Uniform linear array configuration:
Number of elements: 12
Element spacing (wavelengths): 0.25
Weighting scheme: hann
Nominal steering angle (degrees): -30
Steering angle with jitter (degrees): -31.874
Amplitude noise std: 0.05
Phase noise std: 0.05

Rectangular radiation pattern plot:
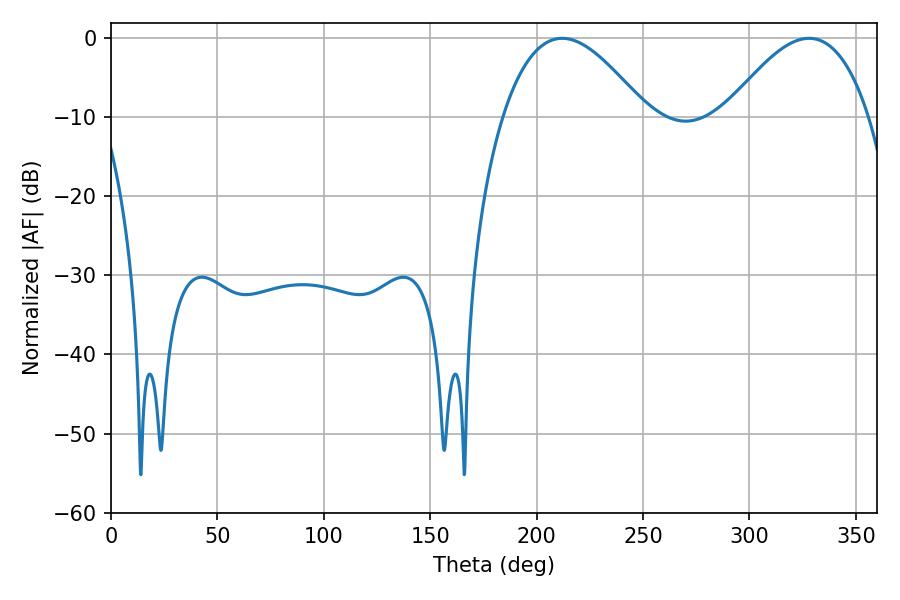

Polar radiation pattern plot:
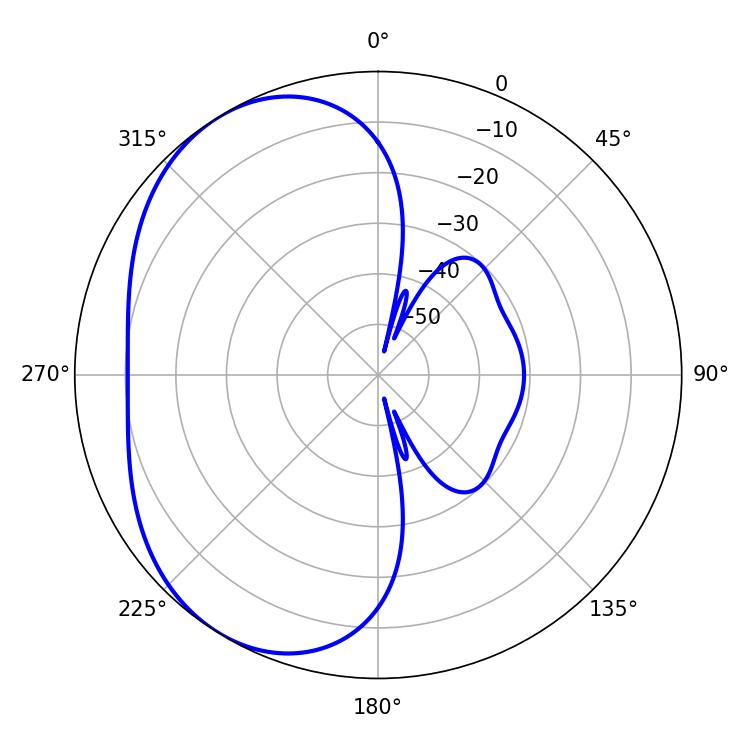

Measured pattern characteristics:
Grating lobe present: FALSE
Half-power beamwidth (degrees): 36.72
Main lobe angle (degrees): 212.04